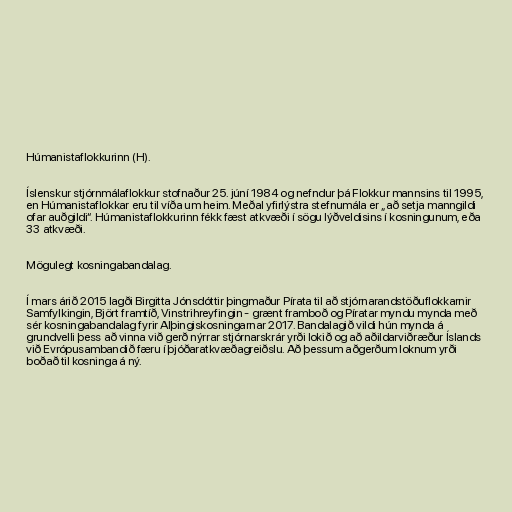
Húmanistaflokkurinn (H).

Íslenskur stjórnmálaflokkur stofnaður 25. júní 1984 og nefndur þá Flokkur mannsins til 1995,
en Húmanistaflokkar eru til víða um heim. Meðal yfirlýstra stefnumála er „að setja manngildi
ofar auðgildi“. Húmanistaflokkurinn fékk fæst atkvæði í sögu lýðveldisins í kosningunum, eða
33 atkvæði.

Mögulegt kosningabandalag.

Í mars árið 2015 lagði Birgitta Jónsdóttir þingmaður Pírata til að stjórnarandstöðuflokkarnir
Samfylkingin, Björt framtíð, Vinstrihreyfingin - grænt framboð og Píratar myndu mynda með
sér kosningabandalag fyrir Alþingiskosningarnar 2017. Bandalagið vildi hún mynda á
grundvelli þess að vinna við gerð nýrrar stjórnarskrár yrði lokið og að aðildarviðræður Íslands
við Evrópusambandið færu í þjóðaratkvæðagreiðslu. Að þessum aðgerðum loknum yrði
boðað til kosninga á ný.